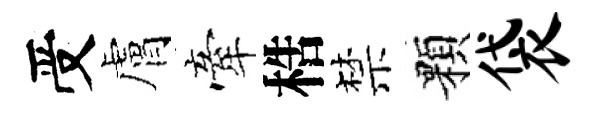
受膚牽梏禁顆袋